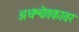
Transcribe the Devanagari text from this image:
अधश्चेतकावर